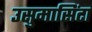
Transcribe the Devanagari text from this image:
उसुमासिंटा